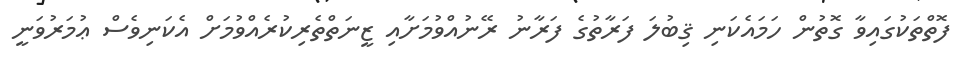
ފޮތްތަކުގައިވާ ގޮތުން ހަމައެކަނި ޤިބުލަ ފަރާތުގެ ފަރާނު ރޭނުއްވުމަށާއި ޒީނަތްތެރިކުރެއްވުމަށް އެކަނިވެސް ޢުމަރުވަނީ